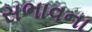
સભાવના